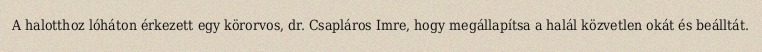
A halotthoz lóháton érkezett egy körorvos, dr. Csapláros Imre, hogy megállapítsa a halál közvetlen okát és beálltát.